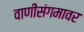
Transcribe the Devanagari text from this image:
वाणीसंगमावर